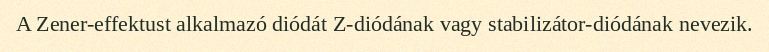
A Zener-effektust alkalmazó diódát Z-diódának vagy stabilizátor-diódának nevezik.